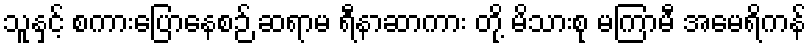
သူနှင့် စကားပြောနေစဉ် ဆရာမ ရီနာဆာကား တို့ မိသားစု မကြာမီ အမေရိကန်